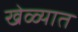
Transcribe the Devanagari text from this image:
खेळ्यात